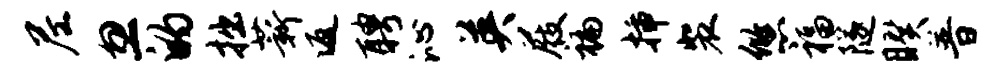
尼忽的拙薪返聘沁英屐褊插裴悠福隧睽普